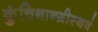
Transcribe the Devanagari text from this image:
कुंचिथान्ग्रीस्थवं